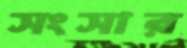
সংসার